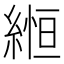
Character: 縆